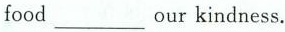
food our ___ kindness.